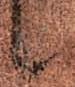
候